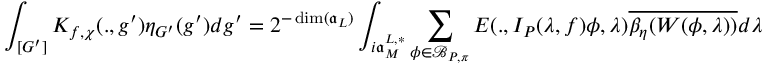
\displaystyle \int _ { [ G ^ { \prime } ] } K _ { f , \chi } ( . , g ^ { \prime } ) \eta _ { G ^ { \prime } } ( g ^ { \prime } ) d g ^ { \prime } = 2 ^ { - \dim ( \mathfrak { a } _ { L } ) } \int _ { i \mathfrak { a } _ { M } ^ { L , * } } \sum _ { \phi \in \mathcal { B } _ { P , \pi } } E ( . , I _ { P } ( \lambda , f ) \phi , \lambda ) \overline { { \beta _ { \eta } ( W ( \phi , \lambda ) ) } } d \lambda